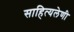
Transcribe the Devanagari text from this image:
साहित्यलेणी